Lunatic asylums United Prov. 1922-30 - 1922-1930
Year: 1922
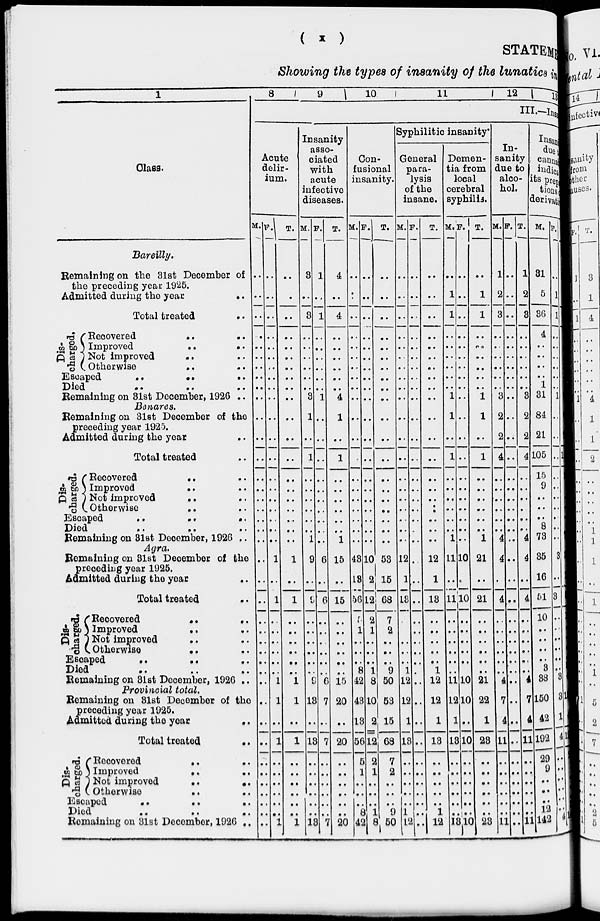
(
x
)
STATEMENT
Showing the types of insanity of the lunatics in
1
Class.
Bareilly.
Remaining on the 31st December of
the preceding year 1925.
Admitted during the year
..
Total treated
..
Dis-
charged. Recovered
..
..
Improved
..
..
Not improved
..
..
Otherwise
..
..
Escaped
..
..
..
Died .. .. ..
Remaining on 31st December, 1926 ..
Benares,
Remaining on 31st December of the
preceding year 1925.
Admitted during the year ..
Total treated ..
Dis-
charged. Recovered
..
..
Improved
..
..
Not improved
.. ..
Otherwise
.. ..
Escaped
..
..
..
Died .. .. ..
Remaining on 31st December, 1926 ..
Agra.
Remaining on 31st December of the
preceding year 1925.
Admitted during the year ..
Total treated
..
Dis-
charged.
Recovered
..
..
Improved
..
..
Not improved
.. ..
Otherwise
..
..
Escaped
.. .. ..
Died .. .. ..
Remaining on 31st December, 1926 ..
Provincial total.
Remaining on 31st December of the
preceding year 1925.
Admitted during the year
..
Total treated
..
Discharged.
Recovered
..
..
Improved
..
..
Not improved
..
..
Otherwise
..
..
Escaped
..
..
..
Died .. .. ..
Remaining on 31st December, 1926 ..
8
9
10
11
12
13
III.—Ins
Acute
delir-
ium.
M.
..
..
..
..
..
..
..
..
..
..
..
..
..
..
..
..
..
..
..
..
..
..
..
..
..
..
..
..
..
..
..
..
..
..
..
..
..
..
..
..
F.
..
..
..
..
..
..
..
..
..
..
..
..
..
..
..
..
..
..
..
..
1
..
1
..
..
..
..
..
..
1
1
..
1
..
..
..
..
..
..
1
T.
..
..
..
..
..
..
..
..
..
..
..
..
..
..
..
..
..
..
..
..
1
..
1
..
..
..
..
..
..
1
1
..
1
..
..
..
..
..
..
1
Insanity
asso-
ciated
with
acute
infective
diseases.
M.
3
..
3
..
..
..
..
..
..
3
1
..
1
..
..
..
..
..
..
1
9
..
9
..
..
..
..
..
..
9
13
..
13
..
..
..
..
..
..
13
F.
1
..
1
..
..
..
..
..
..
1
..
..
..
..
..
..
..
..
..
..
6
..
6
..
..
..
..
..
..
6
7
..
7
..
..
..
..
..
..
7
T.
4
..
4
..
..
..
..
..
..
4
1
..
1
..
..
..
..
..
..
1
15
..
15
..
..
..
..
..
..
15
20
..
20
..
..
..
..
..
..
20
Con-
fusional
insanity.
M.
..
..
..
..
..
..
..
..
..
..
..
..
..
..
..
..
..
..
..
..
43
13
56
5
1
..
..
..
8
42
43
13
56
5
1
..
..
..
8
42
F.
..
..
..
..
..
..
..
..
..
..
..
..
..
..
..
..
..
..
..
..
10
2
12
2
1
..
..
..
1
8
10
2
12
2
1
..
..
..
1
8
T.
..
..
..
..
..
..
..
..
..
..
..
..
..
..
..
..
..
..
..
..
53
15
68
7
2
..
..
..
9
50
53
15
68
7
2
..
..
..
9
50
Syphilitic insanity
General
para-
lysis
of the
insane.
M.
..
..
..
..
..
..
..
..
..
..
..
..
..
..
..
..
..
..
..
..
12
1
13
..
..
..
..
..
1
12
12
1
13
..
..
..
..
..
1
12
F.
..
..
..
..
..
..
..
..
..
..
..
..
..
..
..
..
..
..
..
..
..
..
..
..
..
..
..
..
..
..
..
..
..
..
..
..
..
..
..
..
T.
..
..
..
..
..
..
..
..
..
..
..
..
..
..
..
..
..
..
..
..
12
1
13
..
..
..
..
..
1
12
12
1
13
..
..
..
..
..
1
12
Demen-
tia from
local
cerebral
syphilis.
M.
..
1
1
..
..
..
..
..
..
1
1
..
1
..
..
..
..
..
..
1
11
..
11
..
..
..
..
..
..
11
12
1
18
..
..
..
..
..
..
13
F.
..
..
..
..
..
..
..
..
..
..
..
..
..
..
..
..
..
..
..
..
10
..
10
..
..
..
..
..
..
10
10
..
10
..
..
..
..
..
..
10
T.
..
1
1
..
..
..
..
..
..
1
1
..
1
..
..
..
..
..
..
1
21
..
21
..
..
..
..
..
..
21
22
1
28
..
..
..
..
..
..
23
In-
sanity
due to
alco-
hol.
M.
1
2
3
..
..
..
..
..
..
3
2
2
4
..
..
..
..
..
..
4
4
..
4
..
..
..
..
..
..
4
7
4
11
..
..
..
..
..
..
11
F.
..
..
..
..
..
..
..
..
..
..
..
..
..
..
..
..
..
..
..
..
..
..
..
..
..
..
..
..
..
..
..
..
..
..
..
..
..
..
..
..
T.
1
2
3
..
..
..
..
..
..
3
2
2
4
..
..
..
..
..
..
4
4
..
4
..
..
..
..
..
..
4
7
4
11
..
..
..
..
..
..
11
Insane
due
canna
indica
its prep
tions
derivati M.
31
5
36
4
..
..
..
..
1
31
84
21
105
15
9
..
..
..
8
73
35
16
51
10
..
..
..
..
3
38
150
42
192
29
9
..
..
..
12
142
F.
..
1
1
..
..
..
..
..
..
1
..
..
..
..
..
..
..
..
..
..
3
..
3
..
..
..
..
..
..
3
3
1
4
..
..
..
..
..
..
4
T.
1
1
1